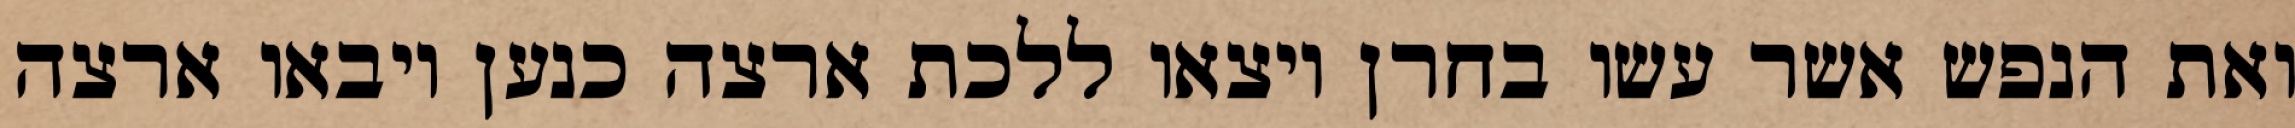
ואת הנפש אשר עשו בחרן ויצאו ללכת ארצה כנען ויבאו ארצה